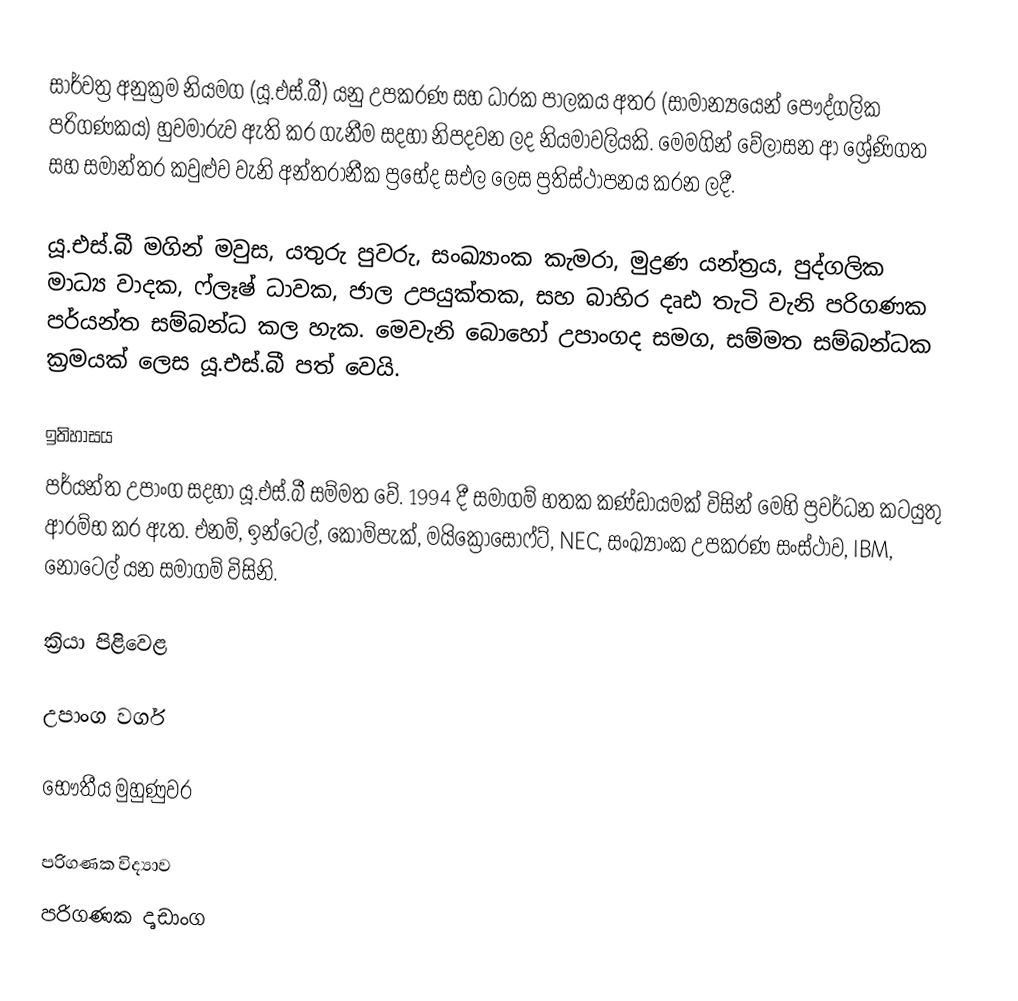
සාර්වත්‍ර අනුක්‍රම නියමග (යූ.එස්.බී) යනු උපකරණ සහ ධාරක පාලකය අතර  (සාමාන්‍යයෙන් පෞද්ගලික පරිගණකය) හුවමාරුව ඇති කර ගැනීම සදහා නිපදවන ලද නියමාවලියකි. මෙමගින් වේලාසන ආ ශ්‍රේණිගත සහ සමාන්තර කවුළුව වැනි අන්තරානීක ප්‍රභේද සඑල ලෙස ප්‍රතිස්ථාපනය කරන ලදී.

යූ.එස්.බී මගින් මවුස, යතුරු පුවරු, සංඛ්‍යාංක කැමරා, මුද්‍රණ යන්ත්‍රය, පුද්ගලික මාධ්‍ය වාදක, ෆ්ලෑෂ් ධාවක, ජාල උපයුක්තක, සහ බාහිර දෘඪ තැටි වැනි පරිගණක පර්යන්ත සම්බන්ධ කල හැක. මෙවැනි බොහෝ උපාංගද සමග, සම්මත සම්බන්ධක ක්‍රමයක් ලෙස යූ.එස්.බී පත් වෙයි.

ඉතිහාසය
පර්යන්ත උපාංග සදහා යූ.එස්.බී සම්මත වේ. 1994 දී සමාගම් හතක කණ්ඩායමක් විසින් මෙහි ප්‍රවර්ධන කටයුතු ආරම්භ කර ඇත. එනම්, ඉන්ටෙල්, කොම්පැක්, මයික්‍රොසොෆ්ට්, NEC, සංඛ්‍යාංක උපකරණ සංස්ථාව, IBM, නෝටෙල් යන සමාගම් විසිනි.

ක්‍රියා පිළිවෙළ

උපාංග වර්ග

භෞතීය මුහුණුවර

පරිගණක විද්‍යාව
පරිගණක දෘඩාංග